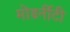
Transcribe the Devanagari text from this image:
मोडर्नीटी